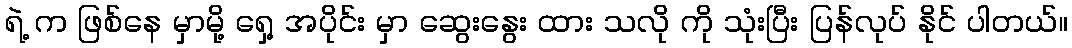
ရဲ့ က ဖြစ်နေ မှာမို့ ရှေ့ အပိုင်း မှာ ဆွေးနွေး ထား သလို ကို သုံးပြီး ပြန်လုပ် နိုင် ပါတယ်။